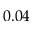
0 . 0 4